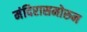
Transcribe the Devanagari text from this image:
मंदिरासमोरुन